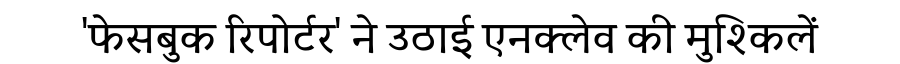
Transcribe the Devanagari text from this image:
'फेसबुक रिपोर्टर' ने उठाई एनक्लेव की मुश्किलें